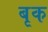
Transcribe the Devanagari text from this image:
बृक